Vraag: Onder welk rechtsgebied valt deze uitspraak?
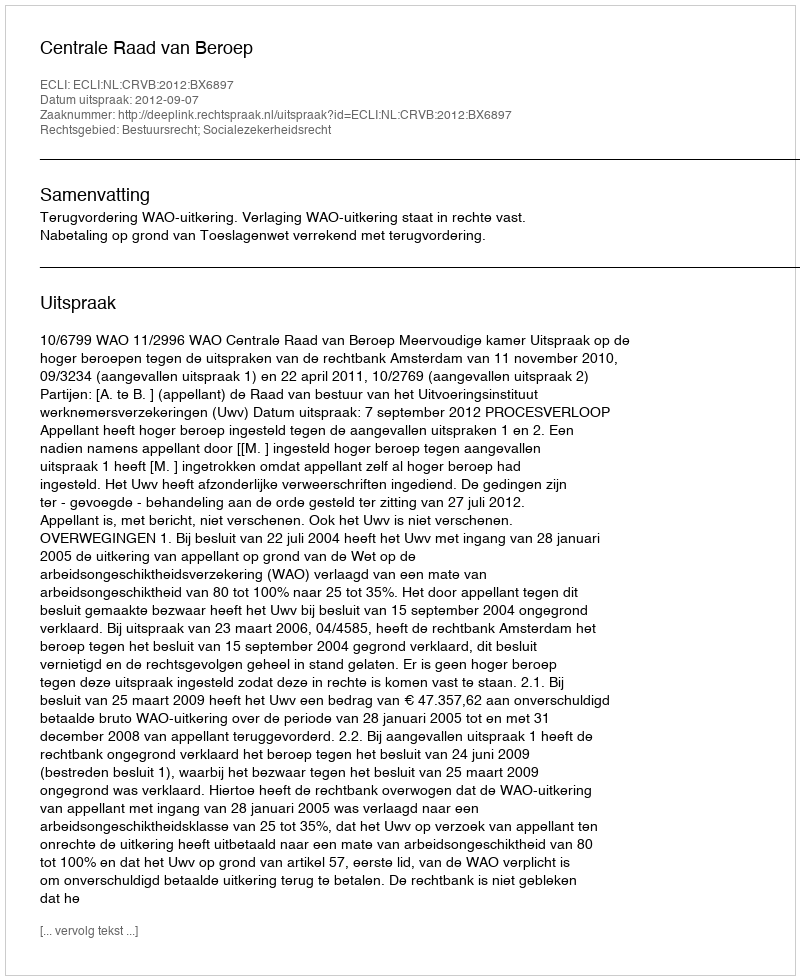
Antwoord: Bestuursrecht; Socialezekerheidsrecht